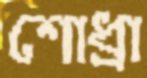
শোধ্‌রা